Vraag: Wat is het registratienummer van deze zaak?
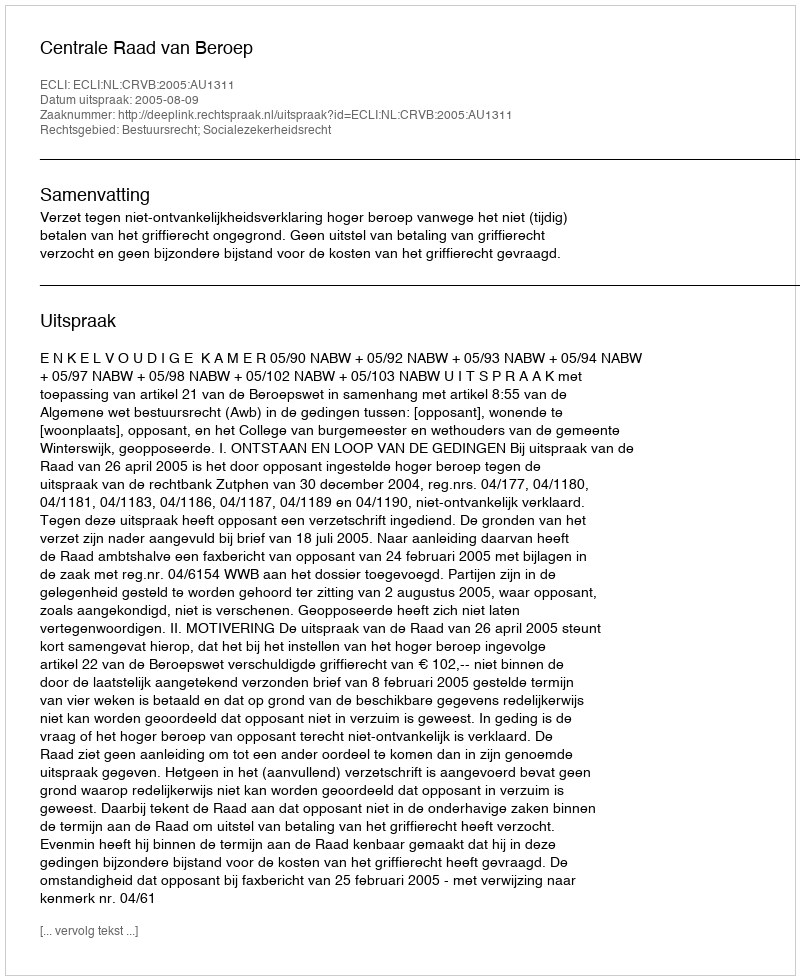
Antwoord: http://deeplink.rechtspraak.nl/uitspraak?id=ECLI:NL:CRVB:2005:AU1311